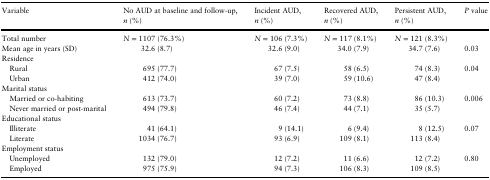
<table><thead><tr><td><b>Variable</b></td><td><b>No AUD at baseline and follow-up, <i>n</i> (%)</b></td><td><b>Incident AUD, <i>n</i> (%)</b></td><td><b>Recovered AUD, <i>n</i> (%)</b></td><td><b>Persistent AUD, <i>n</i> (%)</b></td><td><b><i>P</i> value</b></td></tr></thead><tbody><tr><td>Total number</td><td><i>N</i> = 1107 (76.3%)</td><td><i>N</i> = 106 (7.3%)</td><td><i>N</i> = 117 (8.1%)</td><td><i>N</i> = 121 (8.3%)</td><td></td></tr><tr><td>Mean age in years (SD)</td><td>32.6 (8.7)</td><td>32.6 (9.0)</td><td>34.0 (7.9)</td><td>34.7 (7.6)</td><td>0.03</td></tr><tr><td colspan="6">Residence</td></tr><tr><td> Rural</td><td>695 (77.7)</td><td>67 (7.5)</td><td>58 (6.5)</td><td>74 (8.3)</td><td rowspan="2">0.04</td></tr><tr><td> Urban</td><td>412 (74.0)</td><td>39 (7.0)</td><td>59 (10.6)</td><td>47 (8.4)</td></tr><tr><td colspan="6">Marital status</td></tr><tr><td> Married or co-habiting</td><td>613 (73.7)</td><td>60 (7.2)</td><td>73 (8.8)</td><td>86 (10.3)</td><td rowspan="2">0.006</td></tr><tr><td> Never married or post-marital</td><td>494 (79.8)</td><td>46 (7.4)</td><td>44 (7.1)</td><td>35 (5.7)</td></tr><tr><td colspan="6">Educational status</td></tr><tr><td> Illiterate</td><td>41 (64.1)</td><td>9 (14.1)</td><td>6 (9.4)</td><td>8 (12.5)</td><td rowspan="2">0.07</td></tr><tr><td> Literate</td><td>1034 (76.7)</td><td>93 (6.9)</td><td>109 (8.1)</td><td>113 (8.4)</td></tr><tr><td colspan="6">Employment status</td></tr><tr><td> Unemployed</td><td>132 (79.0)</td><td>12 (7.2)</td><td>11 (6.6)</td><td>12 (7.2)</td><td rowspan="2">0.80</td></tr><tr><td> Employed</td><td>975 (75.9)</td><td>94 (7.3)</td><td>106 (8.3)</td><td>109 (8.5)</td></tr></tbody></table>